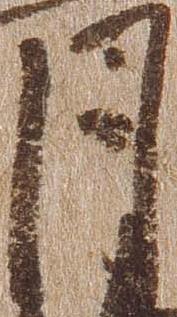
月